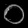
Digit: ၀